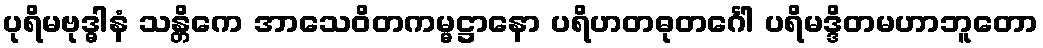
ပုရိမဗုဒ္ဓါနံ သန္တိကေ အာသေဝိတကမ္မဋ္ဌာနော ပရိဟတဓုတင်္ဂေါ ပရိမဒ္ဒိတမဟာဘူတော